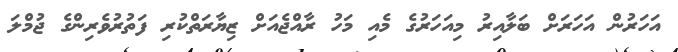
އަހަރުން އަހަރަށް ބަލާއިރު މިއަހަރުގެ މެއި މަހު ރާއްޖެއަށް ޒިޔާރަތްކުރި ފަތުރުވެރިންގެ ޖުމްލަ